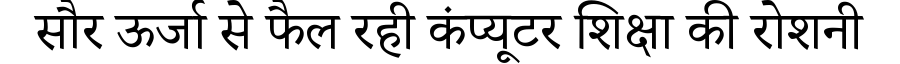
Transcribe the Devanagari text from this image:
सौर ऊर्जा से फैल रही कंप्यूटर शिक्षा की रोशनी